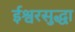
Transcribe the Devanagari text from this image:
ईश्वरसुद्धा